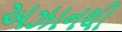
અઝાનથી